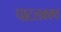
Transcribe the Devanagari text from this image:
पाटलकाष्ठ